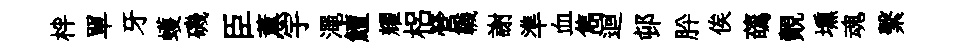
柈單牙蠖磯臣薫宇澠鱣耀梠營韈謝準血雋迴邨肸俟蘤覿壎魂繫